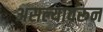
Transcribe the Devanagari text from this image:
असल्यावरून